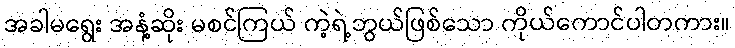
အခါမရွေး အနံ့ဆိုး မစင်ကြယ် ကဲ့ရဲ့ဘွယ်ဖြစ်သော ကိုယ်ကောင်ပါတကား။